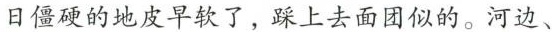
日僵硬的地皮早软了，踩上去面团似的。河边、